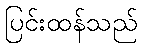
ပြင်းထန်သည်